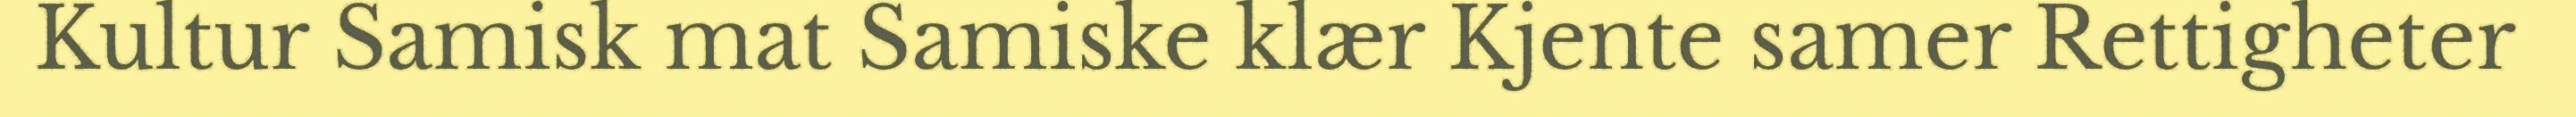
Kultur Samisk mat Samiske klær Kjente samer Rettigheter